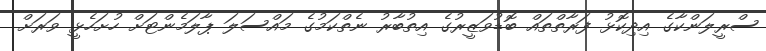
ސްރީލަންކާގެ އިދިކޮޅު ފަރާތްތައް ބޮޑުވަޒީރުގެ އިތުބާރު ނެތްކަމުގެ މައްސަލަ ޕާލަމެންޓަށް ހުށަހެޅީ ވަރަށް